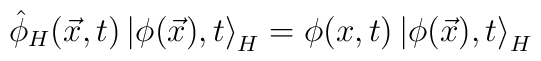
\hat{\phi }_{H}(\vec{x},t)\left| \phi (\vec{x}),t\right> _{H}=\phi (x,t)\left| \phi (\vec{x}),t\right> _{H}